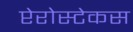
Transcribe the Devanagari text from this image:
प्टेरोस्टेकस